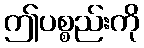
ဤပစ္စည်းကို